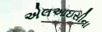
એલઆઇસીના